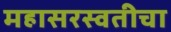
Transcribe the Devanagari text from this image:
महासरस्वतीचा